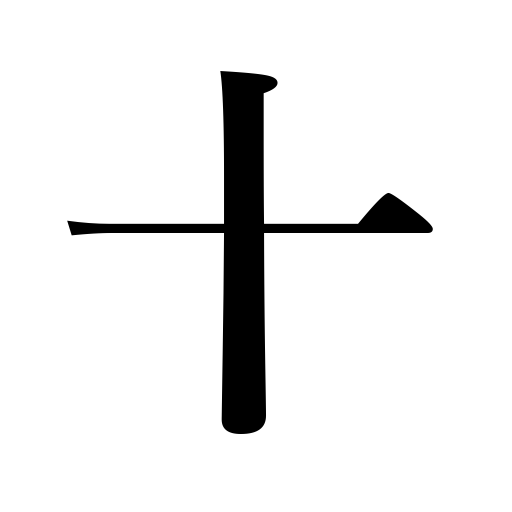
Meanings: ten